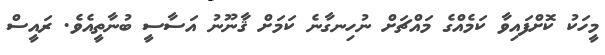
މީހަކު ކޮށްފައިވާ ކަމެއްގެ މައްޗަށް ނުހިނގާނެ ކަމަށް ޤާނޫނު އަސާސީ ބުނާތީއެވެ. ރައީސް